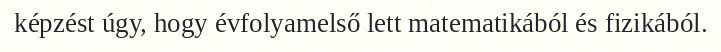
képzést úgy, hogy évfolyamelső lett matematikából és fizikából.